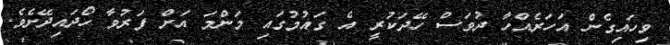
ވިހައިގެން އަހަރެއްހާ ދުވަސް ހޭދަކުރީ އެ ގައުމުގައި މަންމަ އަށް ފަރުވާ ހޯދައިދޭށެވެ.